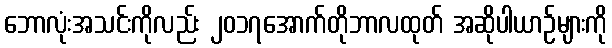
ဘောလုံးအသင်းကိုလည်း ၂၀၁၇အောက်တိုဘာလထုတ် အဆိုပါယာဉ်များကို